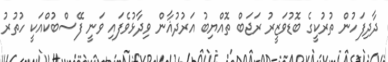
ދާދިފަހުން ތުރުކީގެ ބޮޑުވަޒީރު ރަޖަބް ތޮއްޔިބު އަރުދުޣާން ވިދާޅުވެފައި ވަނީ ފޭސްބުކްއަކީ ހުތުރު